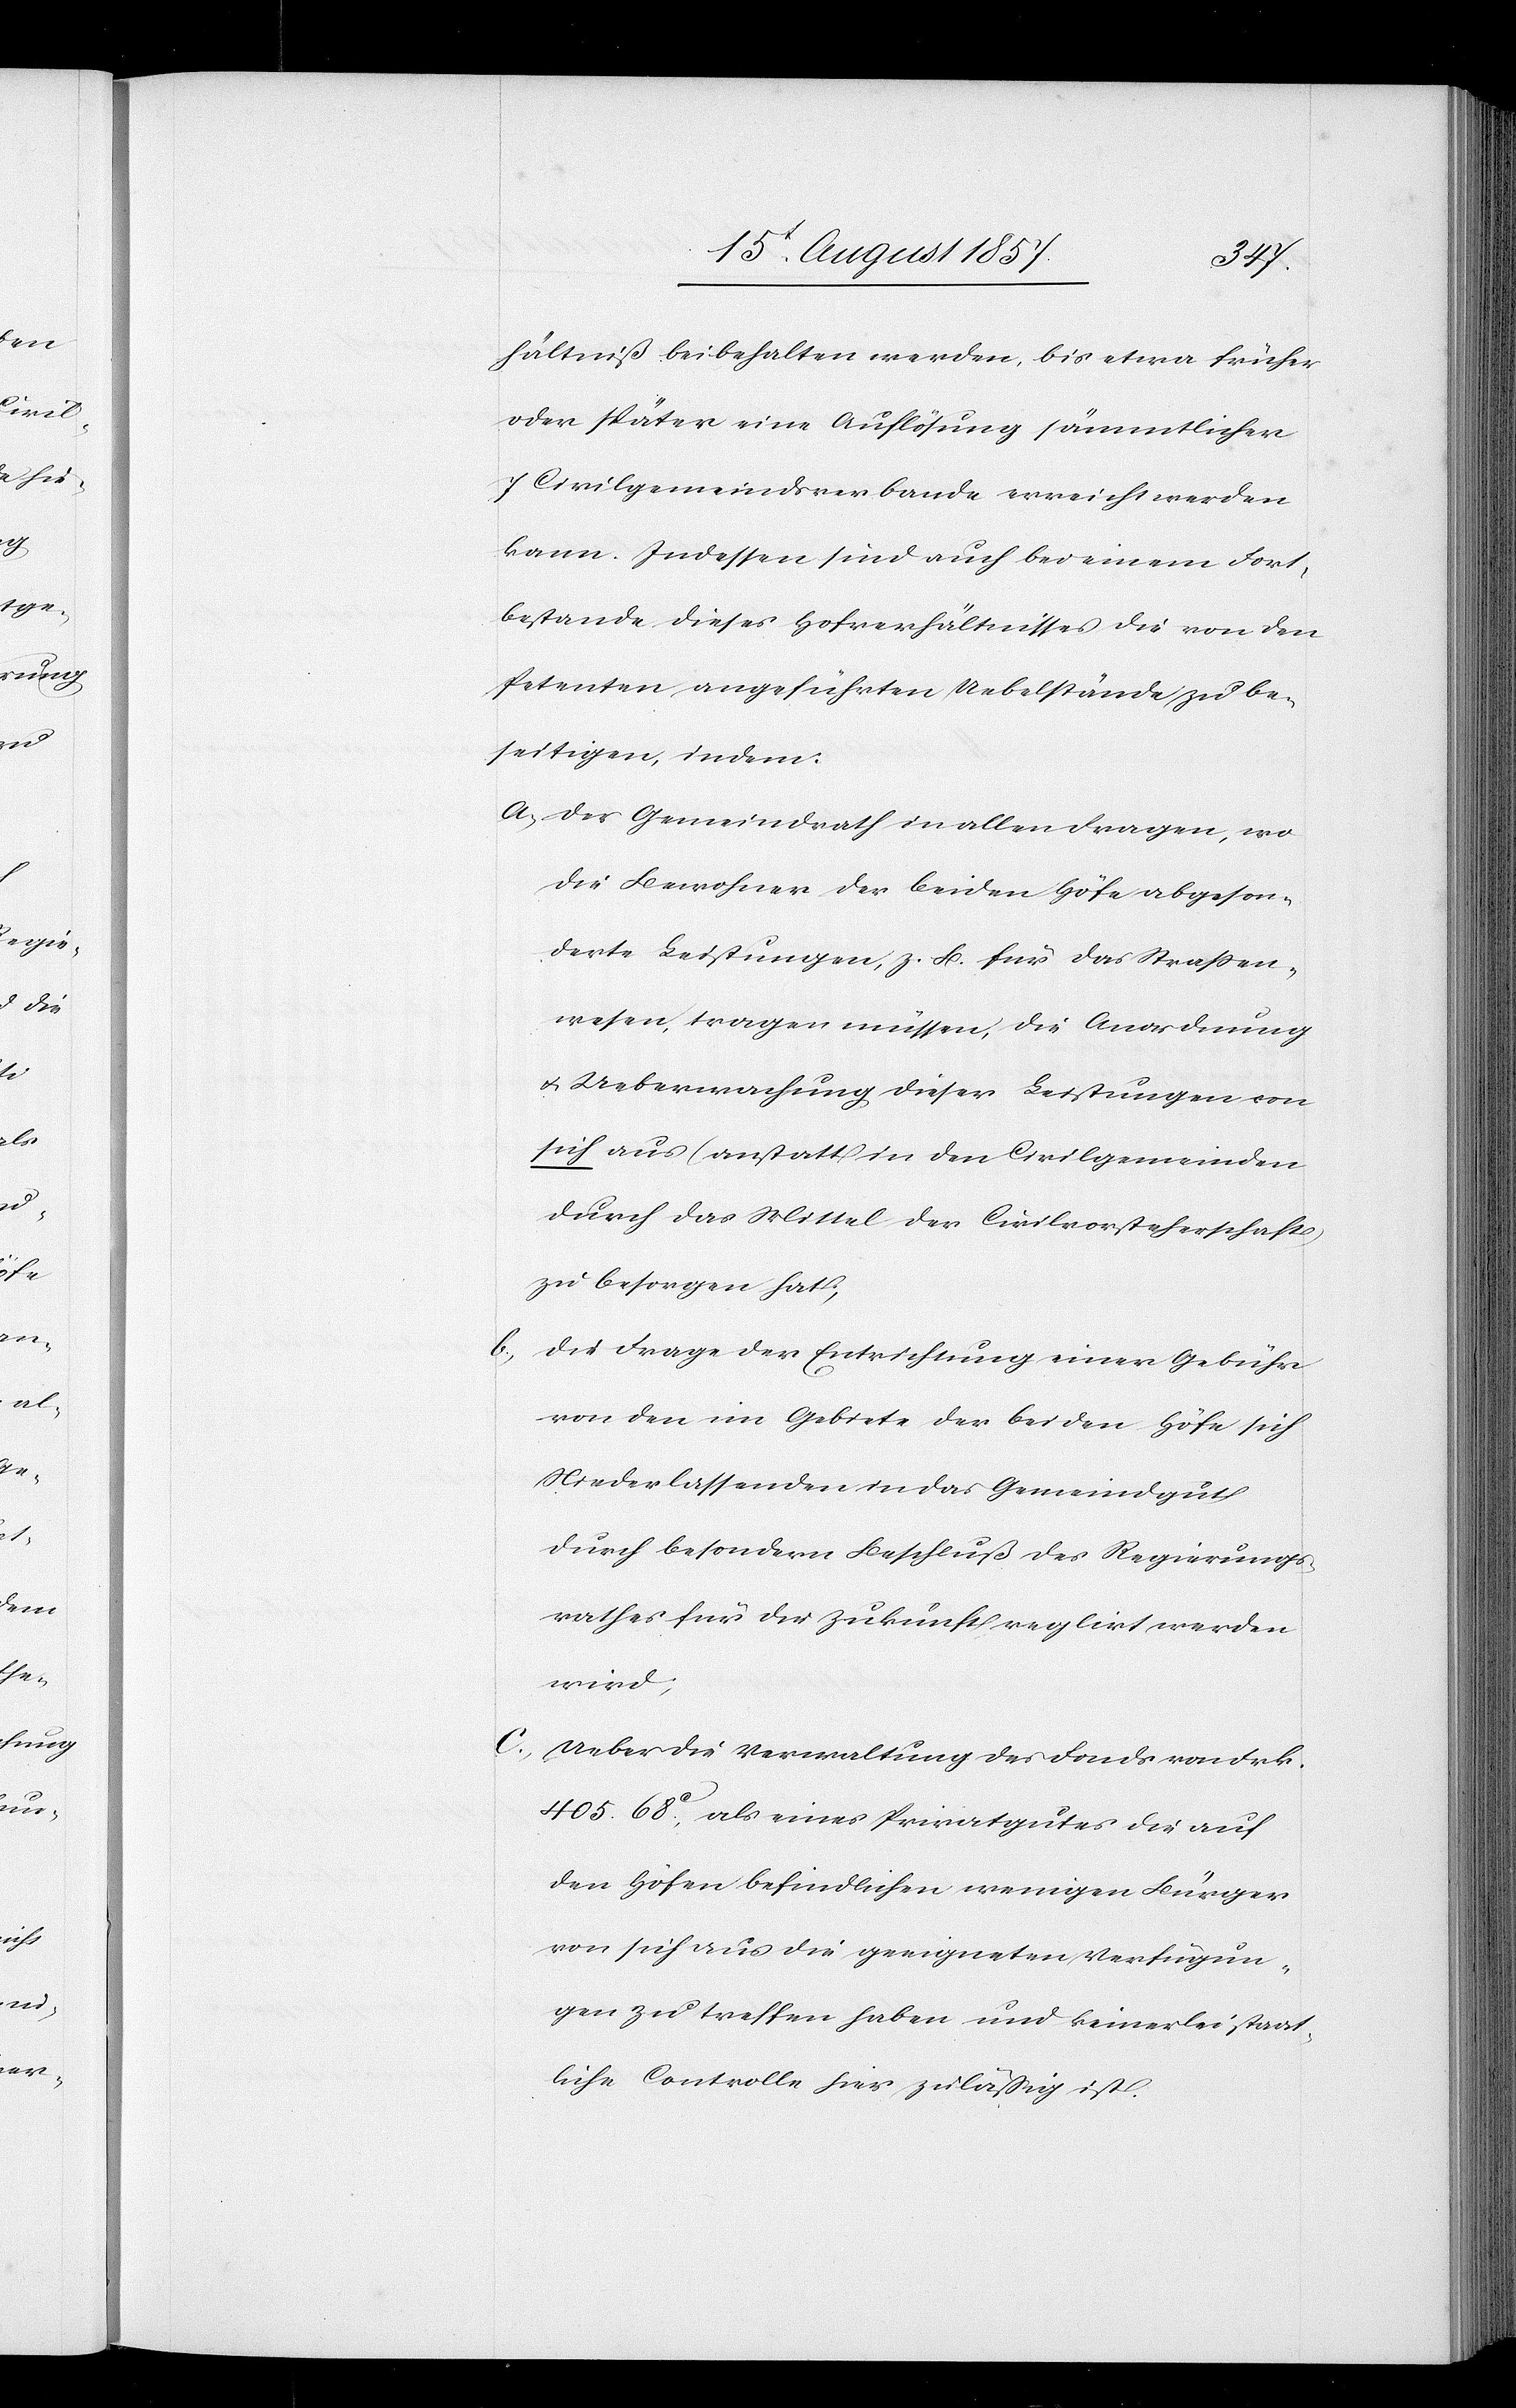
hältniß beibehalten werden, bis etwa früher
oder später eine Auflösung sämmtlicher
7 Civilgemeindsverbande erreicht werden
kann. Indessen sind auch bei einem Fort¬
bestande dieses Hofverhältnisses die von den
Petenten angeführten Uebelstände zu be¬
seitigen, indem:
a, Der Gemeindrath in allen Fragen, wo
die Bewohner der beiden Höfe abgeson¬
derte Leistungen, z. B. für das Straßen¬
wesen, tragen müssen, die Anordnung
& Ueberwachung dieser Leistungen von
sich aus (anstatt in den Civilgemeinden
durch das Mittel der Civilvorsteherschaft)
zu besorgen hat;
Die Frage der Entrichtung einer Gebühr
von den im Gebiete der beiden Höfe sich
Niederlassenden in das Gemeindgut
durch besondern Beschluß des Regierungs¬
rathes für die Zukunft reglirt werden
wird;
c, Ueber die Verwaltung des Fonds von Frk.
405. 68c, als eines Privatgutes die auf
den Höfen befindlichen wenigen Bürger
von sich aus die geeigneten Verfügun¬
gen zu treffen haben und keinerlei staat¬
liche Controlle hier zuläßig ist.